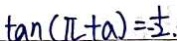
\tan ( \pi + a ) = \frac { 1 } { - 2 } .